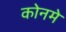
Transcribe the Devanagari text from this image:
कोनमे